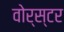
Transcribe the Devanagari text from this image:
वोर्स्टर